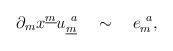
LaTeX: \begin{align*}\partial_{m} x^{\underline{m}} u^{~a}_{\underline{m}}{}~~~\sim ~~~e^{~a}_{m} ,\end{align*}